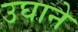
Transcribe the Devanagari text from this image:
उघाने